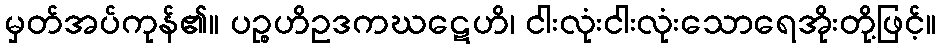
မှတ်အပ်ကုန်၏။ ပဉ္စဟိဥဒကဃဋေဟိ၊ ငါးလုံးငါးလုံးသောရေအိုးတို့ဖြင့်။